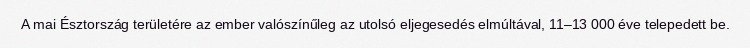
A mai Észtország területére az ember valószínűleg az utolsó eljegesedés elmúltával, 11–13 000 éve telepedett be.